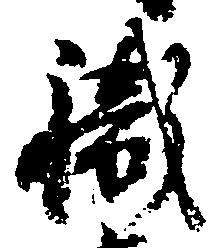
職